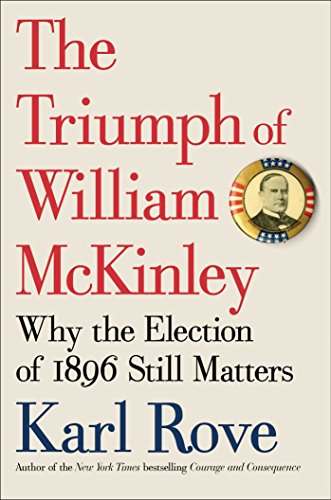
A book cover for The Triumph of William McKinley: Why the Election of 1896 Still Matters; Karl Rove; Biographies & Memoirs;